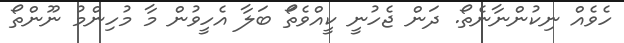
ހެވެއް ނިކުންނާނެތޯ. ދަން ޖެހުނީ ކީއްވެތަޯ ބަލާ އެހީވުން މާ މުހިންމު ނޫންތޯ